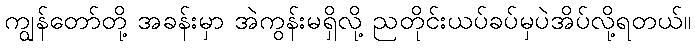
ကျွန်တော်တို့ အခန်းမှာ အဲကွန်းမရှိလို့ ညတိုင်းယပ်ခပ်မှပဲအိပ်လို့ရတယ်။